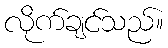
လိုက်ချင်သည်။